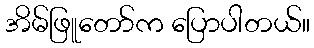
အိမ်ဖြူတော်က ပြောပါတယ်။